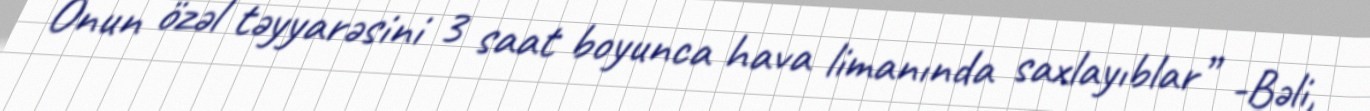
Onun özəl təyyarəsini 3 saat boyunca hava limanında saxlayıblar” -Bəli,